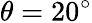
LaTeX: \theta=20^{\circ}